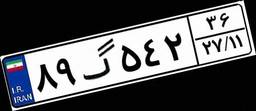
۸۹گ۵۴۲۳۶